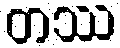
တဿ